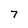
Character: 7